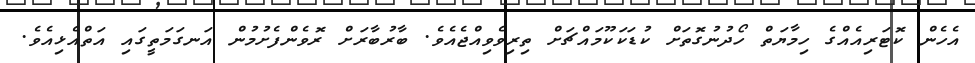
އެހެން ކޮޓަރިއެއްގެ ހިމާޔަތް ހޯދުނުގޮތަށް ކުޑަކަކޫމައްޗަށް ތިރިވެވިއްޖެއެވެ. ބާރުބާރަށް ރޮވެންފެށުމުން އަނގަމަތީގައި އަތްއެޅިއެވެ.